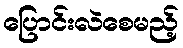
ပြောင်းလဲစေမည့်